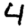
Digit: 4